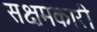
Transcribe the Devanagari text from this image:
सक्षमकारी